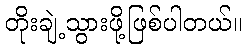
တိုးချဲ့သွားဖို့ဖြစ်ပါတယ်။